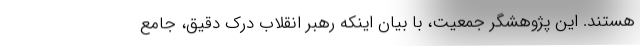
هستند. این پژوهشگر جمعیت، با بیان اینکه رهبر انقلاب درک دقیق، جامع